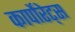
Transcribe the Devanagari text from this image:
कार्पोरेट्स